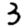
Digit: 3